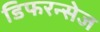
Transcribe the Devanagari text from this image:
डिफरन्सेज